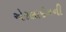
એરલાઈનની